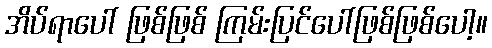
အိပ်ရာပေါ် ဖြစ်ဖြစ် ကြမ်းပြင်ပေါ်ဖြစ်ဖြစ်ပေါ့။